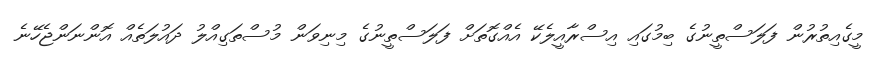
މީގެއިތުރުން ފަލަސްތީނުގެ ބިމުގައި އިސްރާއީލެކޭ އެއްގޮތަށް ފަލަސްތީނުގެ މިނިވަން މުސްތަގިއްލު ދައުލަތެއް އޮންނަންޖެހޭނެ